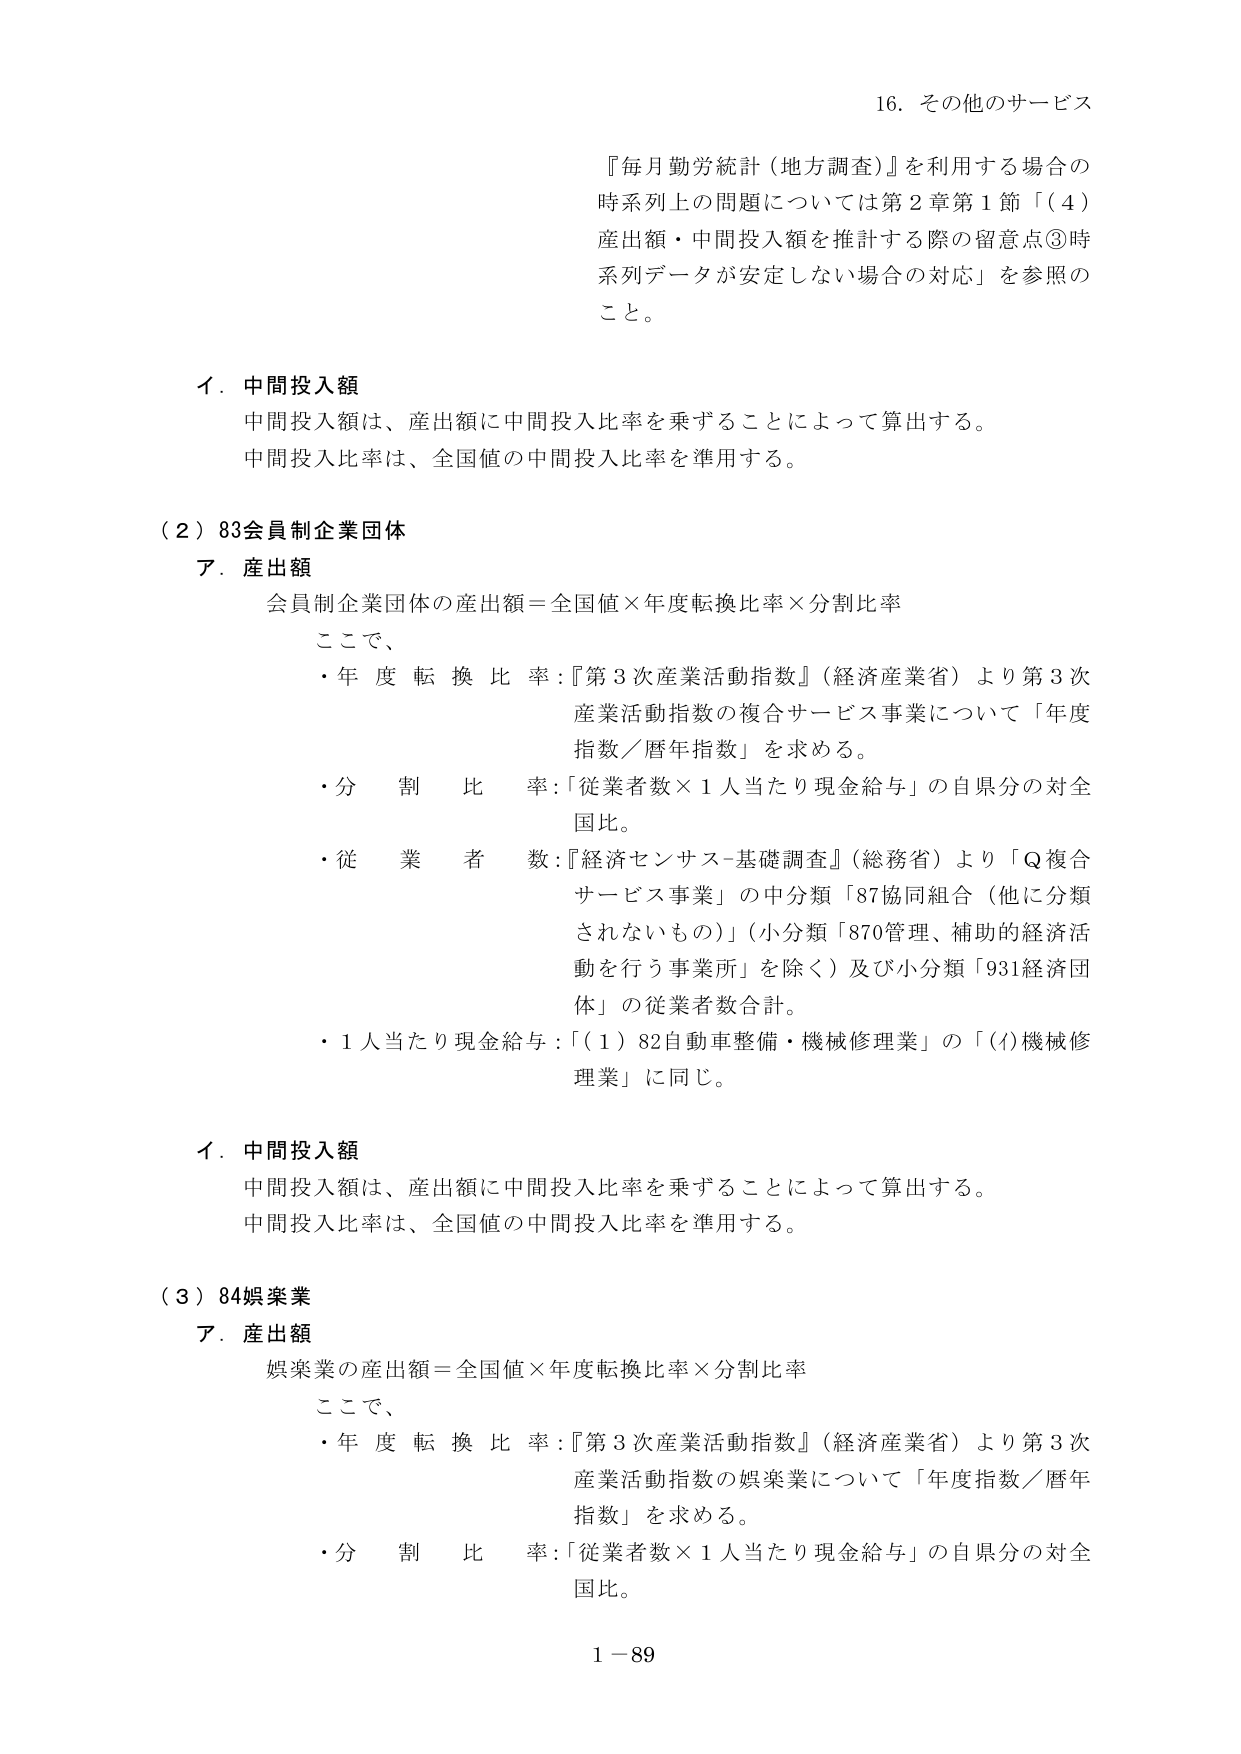
16. その他のサービス

『毎月勤労統計（地方調査）』を利用する場合の
時系列上の問題については第2章第1節「（4）
産出額・中間投入額を推計する際の留意点③時
系列データが安定しない場合の対応」を参照の
こと。

イ．中間投入額
中間投入額は、産出額に中間投入比率を乗ずることによって算出する。
中間投入比率は、全国値の中間投入比率を準用する。

（2）83会員制企業団体
ア．産出額
会員制企業団体の産出額＝全国値×年度転換比率×分割比率
ここで、
・年度転換比率：『第3次産業活動指数』（経済産業省）より第3次
産業活動指数の複合サービス事業について「年度
指数／暦年指数」を求める。
・分割比率：「従業者数×1人当たり現金給与」の自県分の対全
国比。
・従業者数：『経済センサス-基礎調査』（総務省）より「Q複合
サービス事業」の中分類「87協同組合（他に分類
されないもの）」（小分類「870管理、補助的経済活
動を行う事業所」を除く）及び小分類「931経済団
体」の従業者数合計。
・1人当たり現金給与：「（1）82自動車整備・機械修理業」の「(4)機械修
理業」に同じ。

イ．中間投入額
中間投入額は、産出額に中間投入比率を乗ずることによって算出する。
中間投入比率は、全国値の中間投入比率を準用する。

（3）84娯楽業
ア．産出額
娯楽業の産出額＝全国値×年度転換比率×分割比率
ここで、
・年度転換比率：『第3次産業活動指数』（経済産業省）より第3次
産業活動指数の娯楽業について「年度指数／暦年
指数」を求める。
・分割比率：「従業者数×1人当たり現金給与」の自県分の対全
国比。

1－89